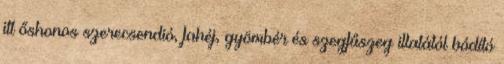
itt őshonos szerecsendió, fahéj, gyömbér és szegfűszeg illatától bódító